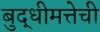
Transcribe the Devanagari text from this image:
बुद्धीमत्तेची